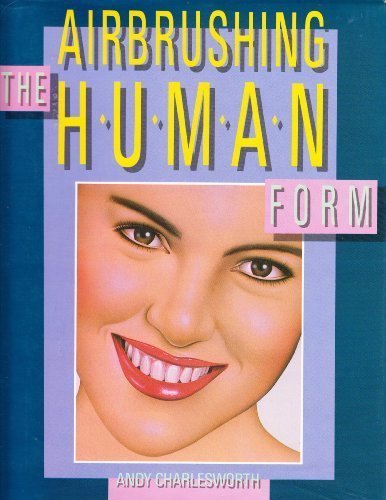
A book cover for Airbrushing the Human Form; Andy Charlesworth; Arts & Photography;